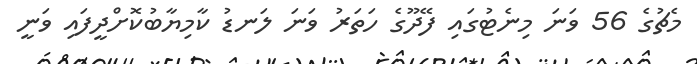
މެޗުގެ 56 ވަނަ މިނެޓުގައި ފޭދޫގެ ހަތަރު ވަނަ ލަނޑު ކާމިޔާބުކޮށްދީފައި ވަނީ